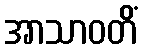
အာသာဝတိံ